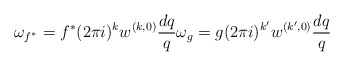
\begin{align*} \omega_{f^*}={f^*}(2\pi i)^kw^{(k,0)}\frac{dq}{q} \omega_g=g(2\pi i)^{k'} w^{(k',0)}\frac{dq}{q} \end{align*}